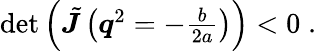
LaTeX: \begin{array}{r}{\operatorname*{det}\left(\tilde{\boldsymbol J}\left(\boldsymbol q^{2}=-\frac{b}{2a}\right)\right)<0\; .}\end{array}